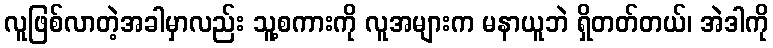
လူဖြစ်လာတဲ့အခါမှာလည်း သူ့စကားကို လူအများက မနာယူဘဲ ရှိတတ်တယ်၊ အဲဒါကို